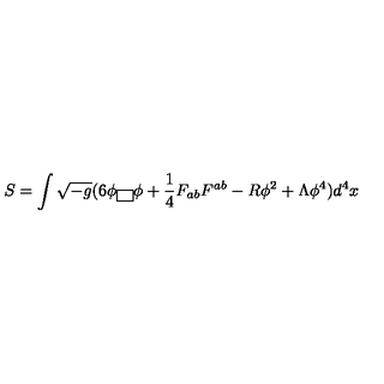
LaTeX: S = \int \sqrt { - g } ( 6 \phi \fbox { } \phi + \frac { 1 } { 4 } F _ { a b } F ^ { a b } - R \phi ^ { 2 } + \Lambda \phi ^ { 4 } ) d ^ { 4 } x